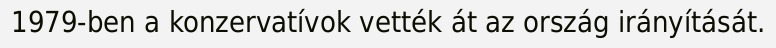
1979-ben a konzervatívok vették át az ország irányítását.